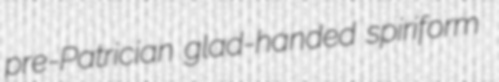
pre-Patrician glad-handed spiriform